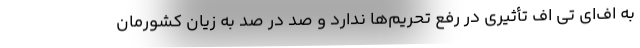
به اف‌ای تی اف تأثیری در رفع تحریم‌ها ندارد و صد در صد به زیان کشورمان